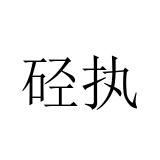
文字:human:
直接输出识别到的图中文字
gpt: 硁执